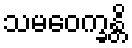
သမဝေက္ခန္တိ